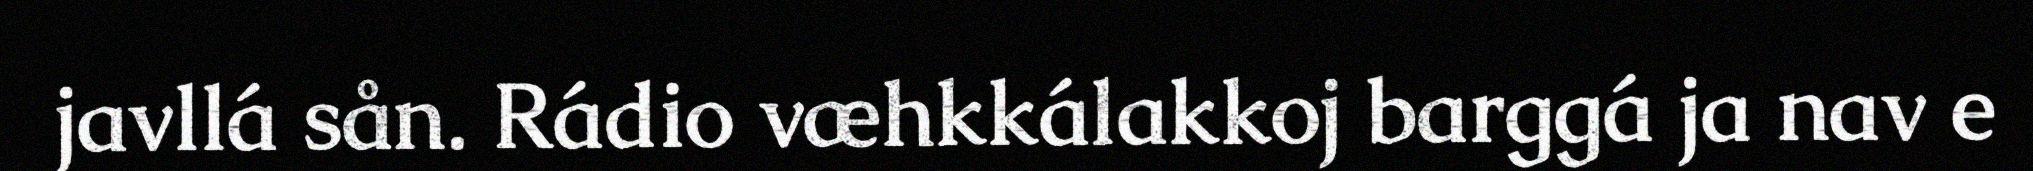
javllá sån. Rádio væhkkálakkoj barggá ja nav e